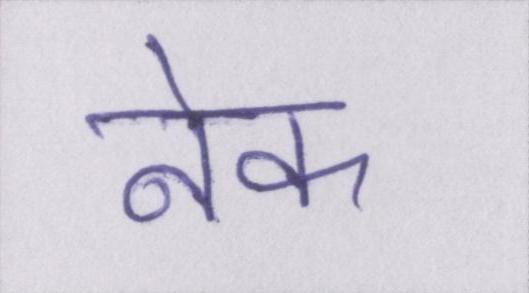
नेक